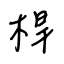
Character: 桿